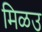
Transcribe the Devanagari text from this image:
मिळउ